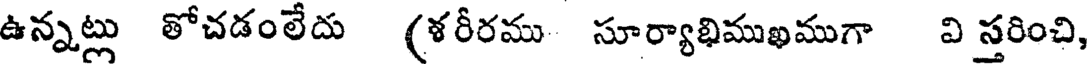
ఉన్నట్లు తోచడంలేదు (ళరీరము సూర్యాభిముఖముగా వి స్తరించి,